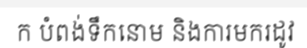
ក បំពង់ទឹកនោម និងការមករដូវ